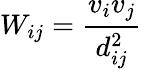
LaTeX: W_{ij}=\frac{v_{i}v_{j}}{d_{ij}^{2}}